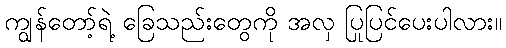
ကျွန်တော့်ရဲ့ ခြေသည်းတွေကို အလှ ပြုပြင်ပေးပါလား။